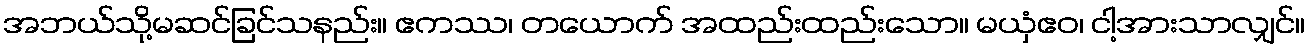
အဘယ်သို့မဆင်ခြင်သနည်း။ ဧကဿ၊ တယောက် အထည်းထည်းသော။ မယှံဧဝ၊ ငါ့အားသာလျှင်။